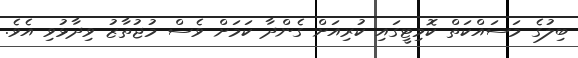
ބިލުގެ މަސައްކަތް ކޮމިޓީގައި ކުރިއަށް ގެންދާ ކަމަށް ވެސް މުޖުތާޒު ވިދާޅުވި އެވެ.